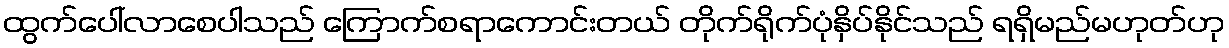
ထွက်ပေါ်လာစေပါသည် ကြောက်စရာကောင်းတယ် တိုက်ရိုက်ပုံနှိပ်နိုင်သည် ရရှိမည်မဟုတ်ဟု